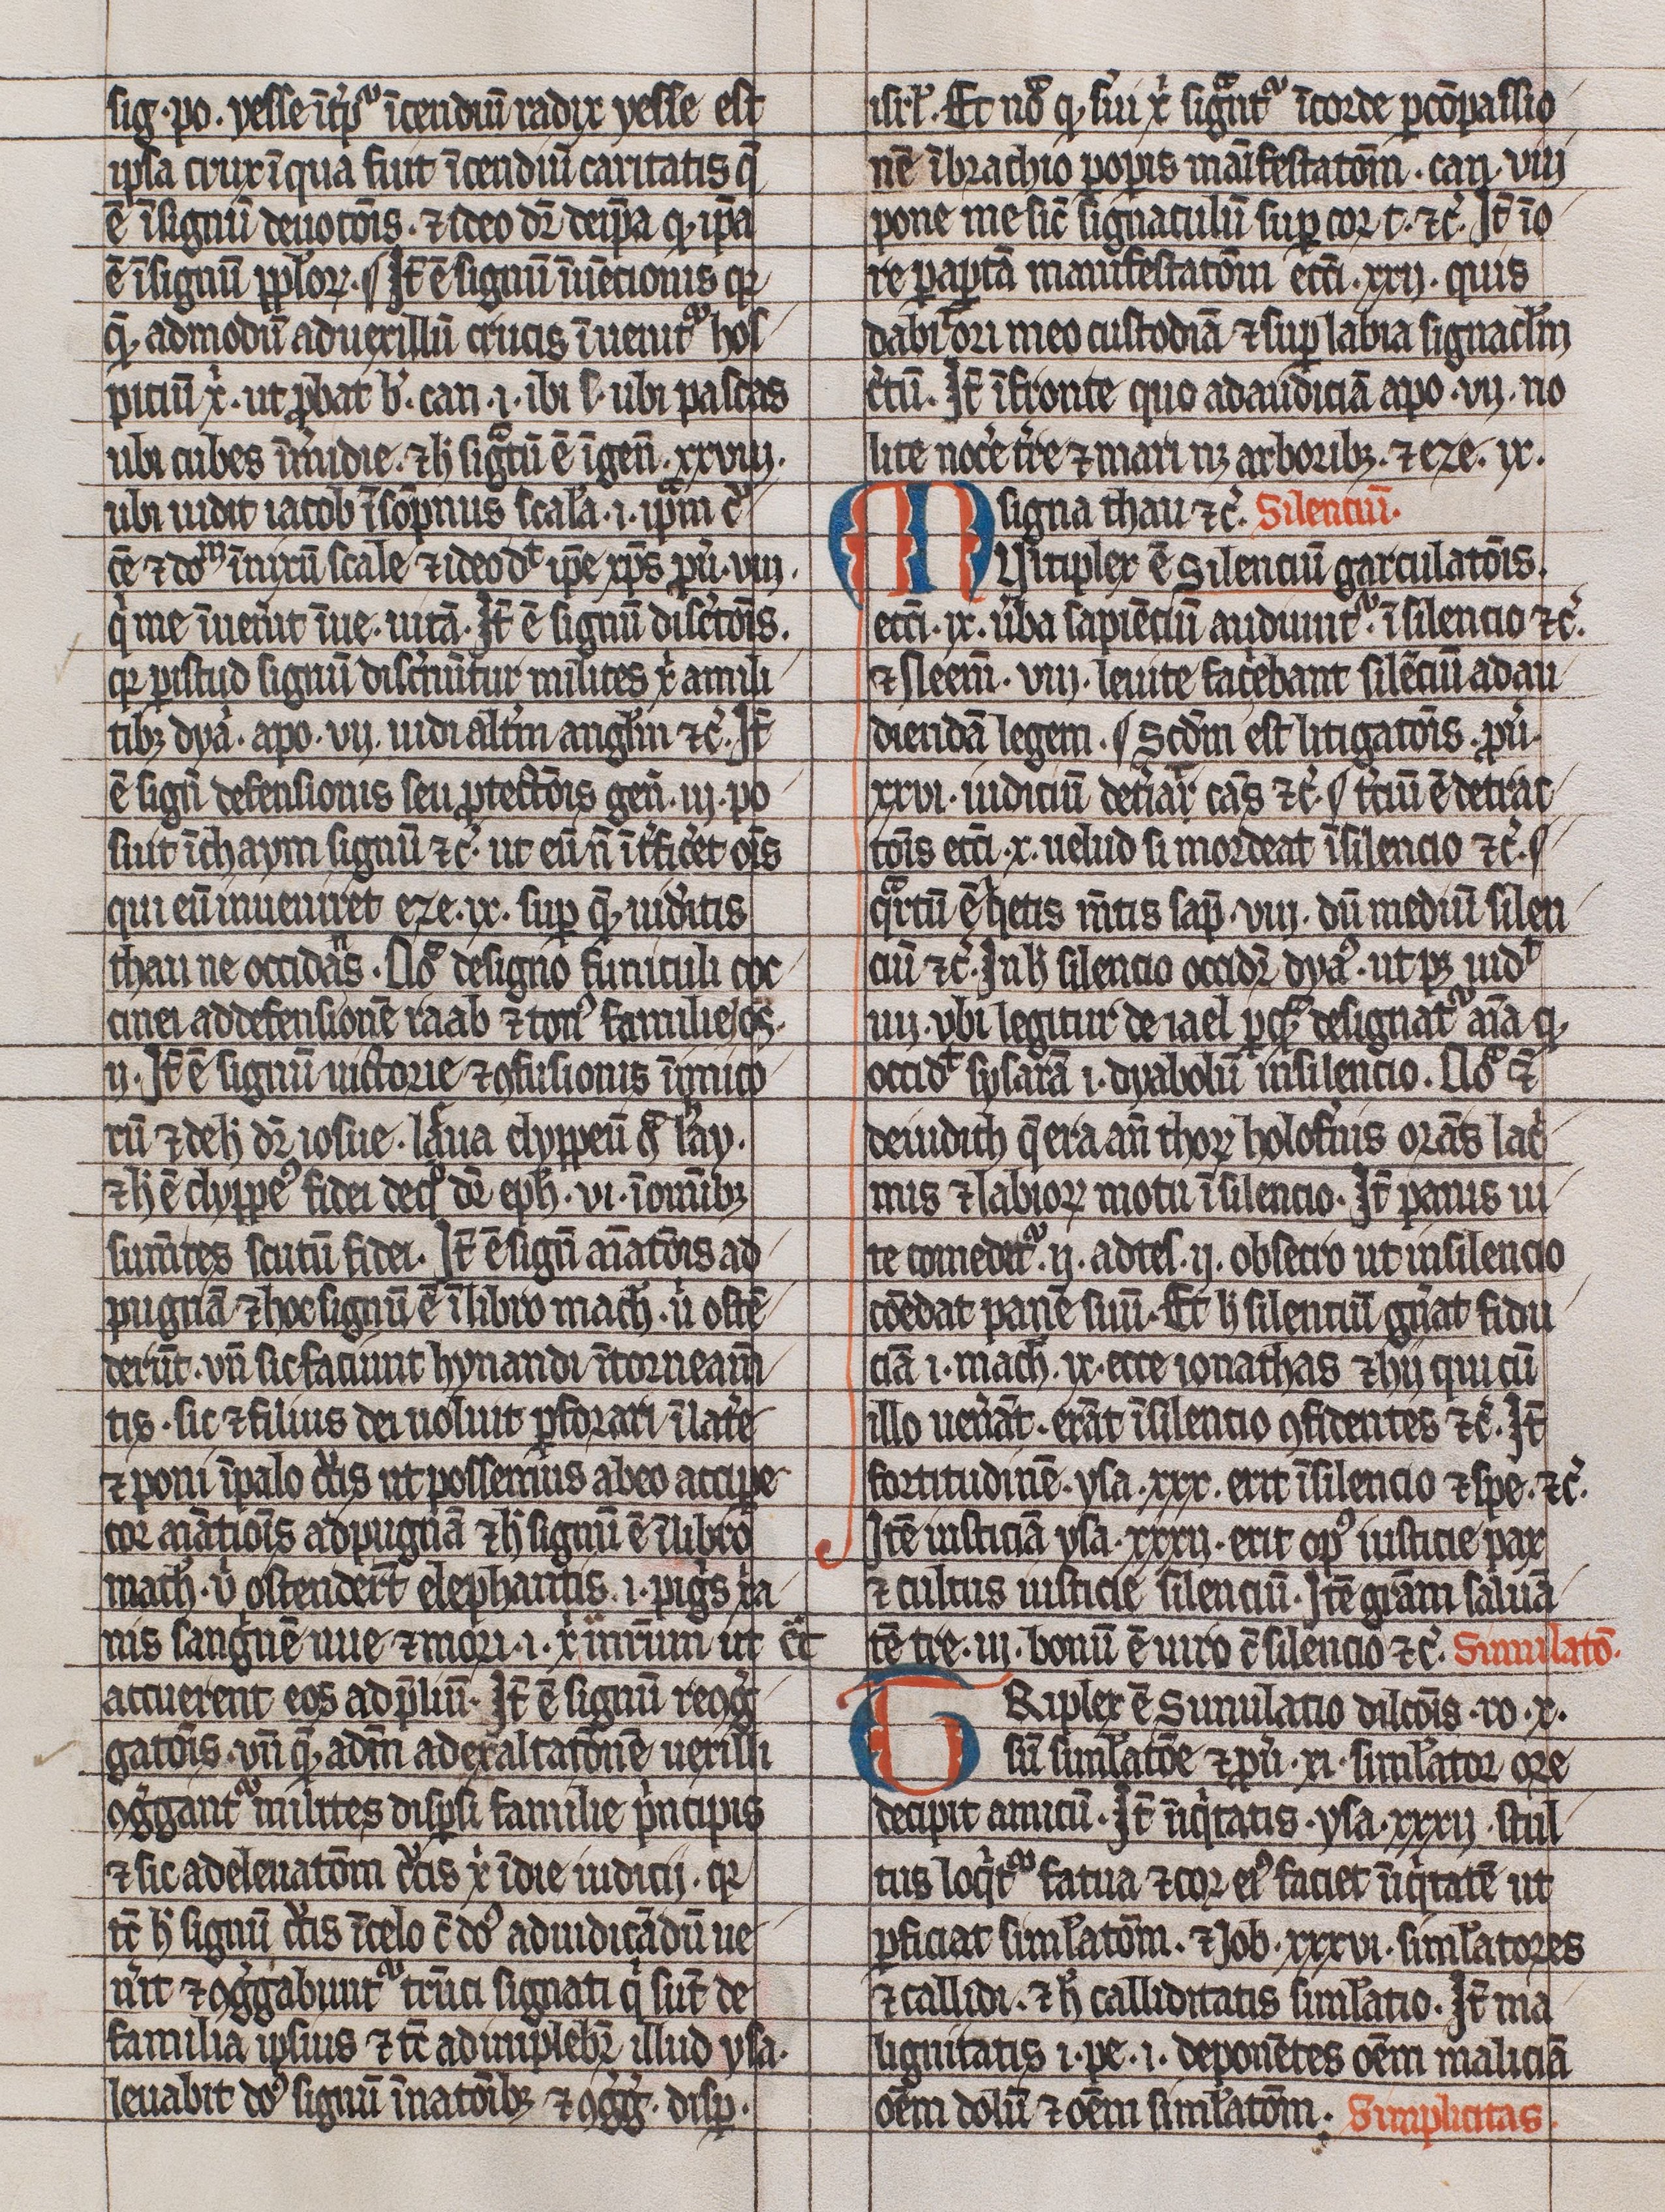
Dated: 1300–1399